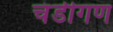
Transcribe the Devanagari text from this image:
चंडीगण